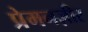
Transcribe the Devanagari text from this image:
प्रेमनज़ीर